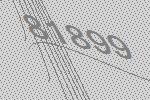
81899